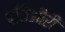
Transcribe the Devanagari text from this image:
पछिऔरी